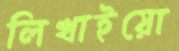
লিখাইয়ো